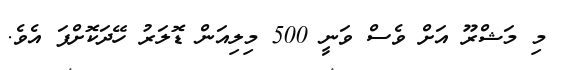
މި މަޝްރޫ އަށް ވެސް ވަނީ 500 މިލިއަން ޑޮލަރު ހޭދަކޮށްފަ އެވެ.